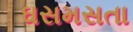
ઘસમસતા